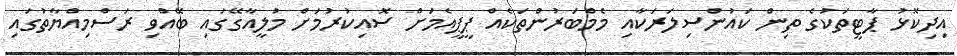
އިދިކޮޅު ޕާޓީތަކުގެ ތިން ކައުންސިލަރަކާއި މެމްބަރުންތަކެއް ޕީޕީއެމަށް ސޮއިކުރުމަށް މުލީއާގޭގައި ބޭއްވި ރަސްމިއްޔާތުގައި